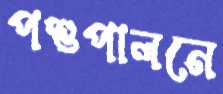
পশুপালনে